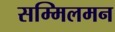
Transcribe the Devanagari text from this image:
सम्मिलमन